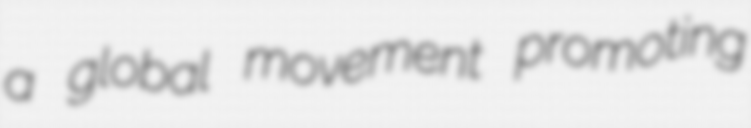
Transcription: a global movement promoting